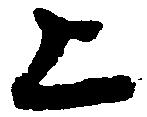
上